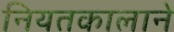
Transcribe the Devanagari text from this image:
नियतकालाने